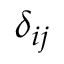
\delta _ { i j }